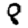
Digit: 8